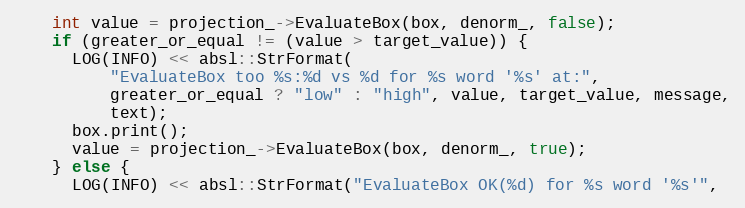
Language: C++
    int value = projection_->EvaluateBox(box, denorm_, false);
    if (greater_or_equal != (value > target_value)) {
      LOG(INFO) << absl::StrFormat(
          "EvaluateBox too %s:%d vs %d for %s word '%s' at:",
          greater_or_equal ? "low" : "high", value, target_value, message,
          text);
      box.print();
      value = projection_->EvaluateBox(box, denorm_, true);
    } else {
      LOG(INFO) << absl::StrFormat("EvaluateBox OK(%d) for %s word '%s'",